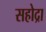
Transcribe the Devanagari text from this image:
सहोद्रा